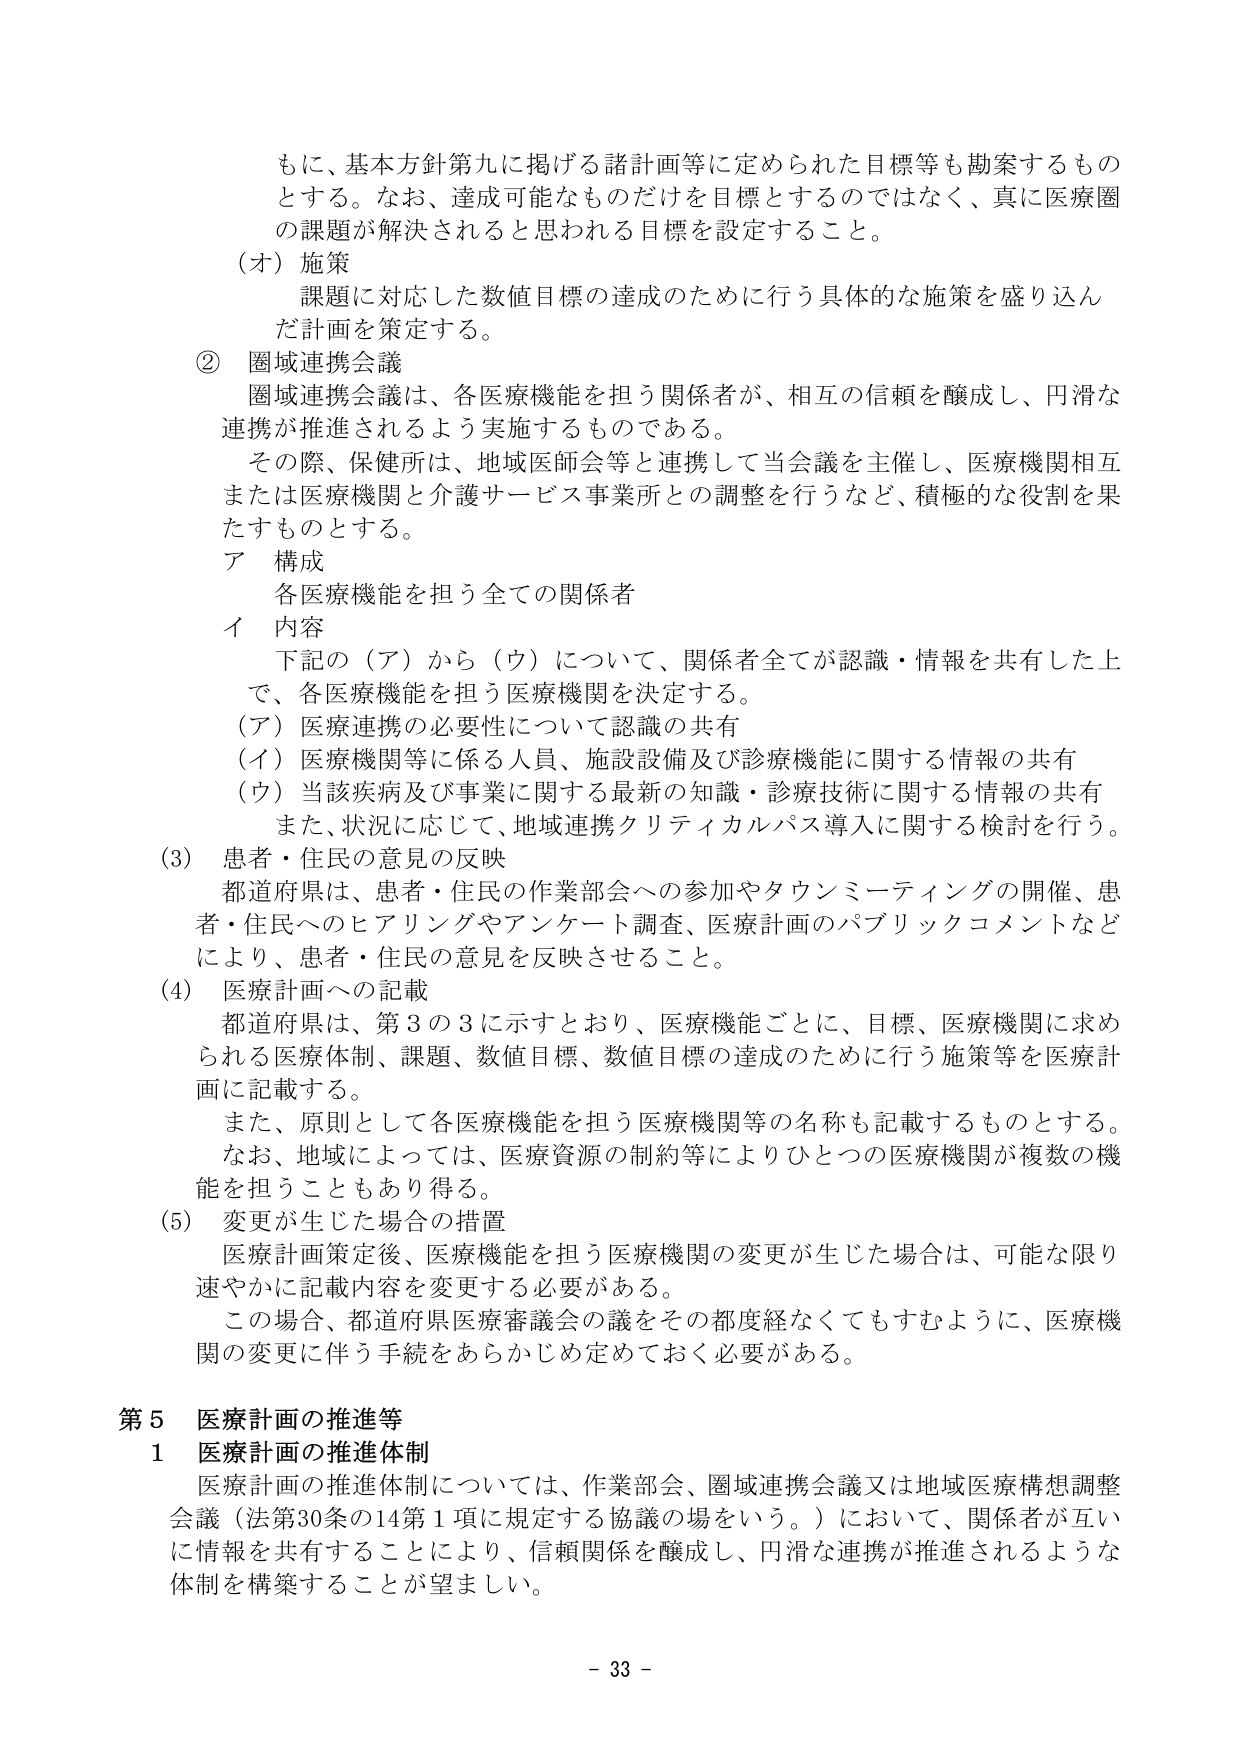
もに、基本方針第九に掲げる諸計画等に定められた目標等も勘案するものとする。なお、達成可能なものだけを目標とするのではなく、真に医療圏の課題が解決されると思われる目標を設定すること。

（オ）施策
課題に対応した数値目標の達成のために行う具体的な施策を盛り込んだ計画を策定する。

② 圏域連携会議
圏域連携会議は、各医療機能を担う関係者が、相互の信頼を醸成し、円滑な連携が推進されるよう実施するものである。
その際、保健所は、地域医師会等と連携して当会議を主催し、医療機関相互または医療機関と介護サービス事業所との調整を行うなど、積極的な役割を果たすものとする。

ア 構成
各医療機能を担う全ての関係者

イ 内容
下記の（ア）から（ウ）について、関係者全てが認識・情報を共有した上で、各医療機能を担う医療機関を決定する。
（ア）医療連携の必要性について認識の共有
（イ）医療機関等に係る人員、施設設備及び診療機能に関する情報の共有
（ウ）当該疾病及び事業に関する最新の知識・診療技術に関する情報の共有
また、状況に応じて、地域連携クリティカルパス導入に関する検討を行う。

（3）患者・住民の意見の反映
都道府県は、患者・住民の作業部会への参加やタウンミーティングの開催、患者・住民へのヒアリングやアンケート調査、医療計画のパブリックコメントなどにより、患者・住民の意見を反映させること。

（4）医療計画への記載
都道府県は、第3の3に示すとおり、医療機能ごとに、目標、医療機関に求められる医療体制、課題、数値目標、数値目標の達成のために行う施策等を医療計画に記載する。
また、原則として各医療機能を担う医療機関等の名称も記載するものとする。
なお、地域によっては、医療資源の制約等によりひとつの医療機関が複数の機能を担うこともあり得る。

（5）変更が生じた場合の措置
医療計画策定後、医療機能を担う医療機関の変更が生じた場合は、可能な限り速やかに記載内容を変更する必要がある。
この場合、都道府県医療審議会の議をその都度経なくてもすむように、医療機関の変更に伴う手続をあらかじめ定めておく必要がある。

第5 医療計画の推進等
1 医療計画の推進体制
医療計画の推進体制については、作業部会、圏域連携会議又は地域医療構想調整会議（法第30条の14第1項に規定する協議の場をいう。）において、関係者が互いに情報を共有することにより、信頼関係を醸成し、円滑な連携が推進されるような体制を構築することが望ましい。

- 33 -